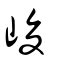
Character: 峻